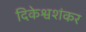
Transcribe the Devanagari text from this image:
दिकेश्वशंकर